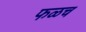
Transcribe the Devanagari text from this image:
फळच